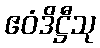
ဧဝံဒိဋ္ဌီသု